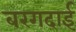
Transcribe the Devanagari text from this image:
बरगदाई